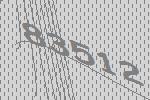
83512